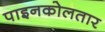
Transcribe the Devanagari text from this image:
पाइनकोलतार